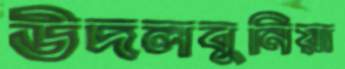
উদলবুনিয়া